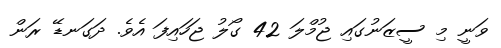
ވަނީ މި ސީޒަނުގައި ޖުމްލަ 42 ގޯލު ޖަހައިފަ އެވެ. ދަގަނޑޭ ރަން